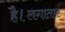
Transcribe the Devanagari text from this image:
है।लगातार